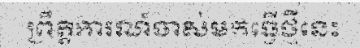
ព្រឹត្តិការណ៍ចាស់មកធ្វើថ្មីនេះ